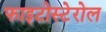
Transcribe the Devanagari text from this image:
फाइटोस्टेरोल